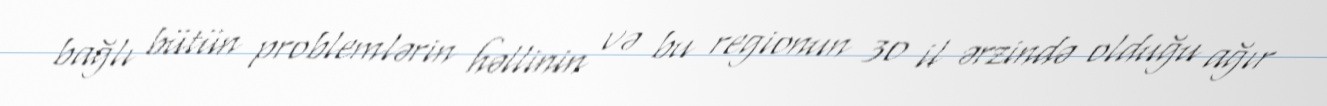
bağlı bütün problemlərin həllinin və bu regionun 30 il ərzində olduğu ağır